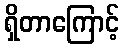
ရှိတာကြောင့်